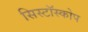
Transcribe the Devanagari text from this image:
सिस्टॉस्कोप